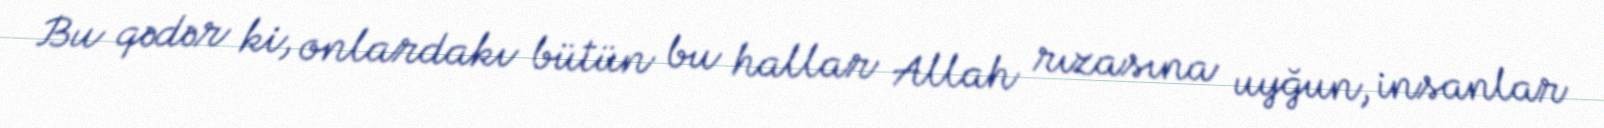
Bu qədər ki, onlardakı bütün bu hallar Allah rızasına uyğun, insanlar